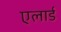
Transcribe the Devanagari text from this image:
एलार्ड